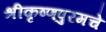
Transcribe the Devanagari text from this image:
श्रीकृष्णपुरमचे